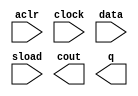
module lpm_counter1 (
	aclr,
	clock,
	data,
	sload,
	cout,
	q);

	input	  aclr;
	input	  clock;
	input	[15:0]  data;
	input	  sload;
	output	  cout;
	output	[15:0]  q;

endmodule